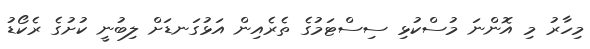
މިހާރު މި އޮންނަ މުސްކުޅި ސިސްޓަމުގެ ތެރެއިން އަޅުގަނޑަށް ލިބުނީ ކުށުގެ ރެކޯޑު